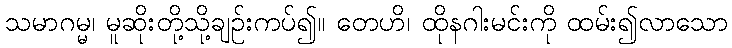
သမာဂမ္မ၊ မူဆိုးတို့သို့ချဉ်းကပ်၍။ တေဟိ၊ ထိုနဂါးမင်းကို ထမ်း၍လာသော